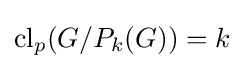
\mathrm {cl} _{p}(G/P_{k}(G))=k